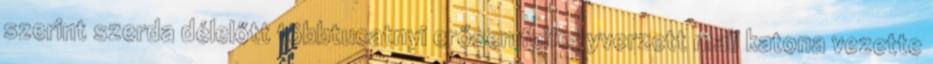
szerint szerda délelőtt többtucatnyi erősen felfegyverzett mali katona vezette